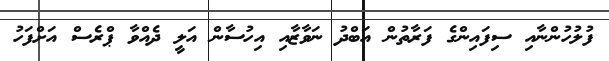
ފުލުހުންނާއި ސިފައިންގެ ފަރާތުން އަބްދު ނަވާޒާއި އިހުސާން އަލީ ދެއްވާ ޕްރެސް އަށްފަހު